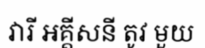
វារី អគ្គីសនី តូវ មួយ